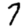
Digit: 7